Leaving Certificate Examination (including Day School Certificate (Higher) General paper), 1939
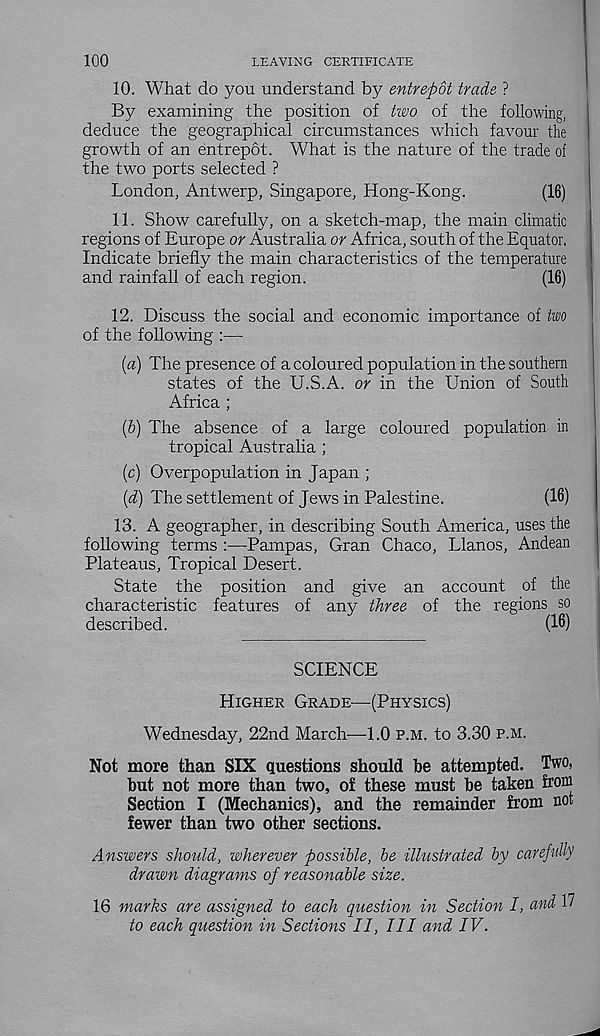
100
LEAVING CERTIFICATE
10. What do you understand by entrepot trade ?
By examining the position of tivo of the following,
deduce the geographical circumstances which favour the
growth of an entrepot. What is the nature of the trade ol
the two ports selected ?
London, Antwerp, Singapore, Hong-Kong.
(16)
11. Show carefully, on a sketch-map, the main climatic
regions of Europe or Australia or Africa, south of the Equator,
Indicate briefly the main characteristics of the temperature
and rainfall of each region.
(16)
12. Discuss the social and economic importance of two
of the following :—
(a) The presence of a coloured population in the southern
states of the U.S.A. or in the Union of South
Africa ;
(b) The absence of a large coloured population in
tropical Australia ;
(c) Overpopulation in Japan ;
(d) The settlement of Jews in Palestine.
(16)
13. A geographer, in describing South America, uses the
following terms :—Pampas, Gran Chaco, Llanos, Andean
Plateaus, Tropical Desert.
State the position and give an account of the
characteristic features of any three of the regions so
described.
(16)
SCIENCE
Higher Grade-—(Physics)
Wednesday, 22nd March—1.0 p.m. to 3.30 p.m.
Not more than SIX questions should be attempted. Two,
but not more than two, of these must be taken from
Section I (Mechanics), and the remainder from not
fewer than two other sections.
Answers should, wherever possible, be illustrated by carefully
drawn diagrams of reasonable size.
16 marks are assigned to each question in Section I, and 17
to each question in Sections II, III and IV.